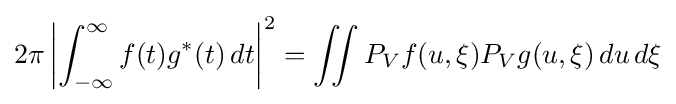
2\pi \left|\int _{-\infty }^{\infty }f(t)g^{*}(t)\,dt\right|^{2}=\iint {P_{V}f(u,\xi )}P_{V}g(u,\xi )\,du\,d\xi